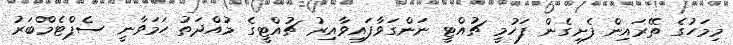
މިމަހުގެ ތޭރައިން ފެށިގެން ފަހުމީ ޗުއްޓީ ނަންގަވާފައިވާއިރު ޗުއްޓީގެ މުއްދަތު ހަމަވާނީ ސެޕްޓެމްބަރު